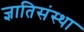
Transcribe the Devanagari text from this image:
ज्ञातिसंस्था